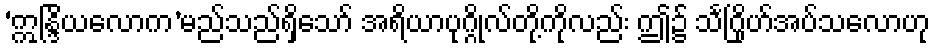
‘ဣန္ဒြိယလောက’မည်သည်ရှိသော် အရိယာပုဂ္ဂိုလ်တို့ကိုလည်း ဤ၌ သင်္ဂြိုဟ်အပ်သလောဟု